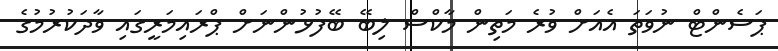
ޕަސެންޓް ނުވަތަ އެއަށް ވުރެ މަތިން މާކްސް ލިބޭ ބޭފުޅުންނަށް ޕްރައިމަރީގައި ވާދަކުރުމުގެ